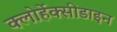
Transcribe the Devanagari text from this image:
क्लोर्हेक्सीडाइन